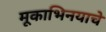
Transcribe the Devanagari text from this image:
मूकाभिनयाचे